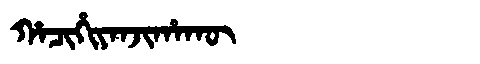
Manchu: ᡥᠠᠴᡳᡥᡳᠶᠠᠨᠵᡳᡥᠠᡴᡡ
Romanization: HACIHIYANJIHAKŪ